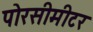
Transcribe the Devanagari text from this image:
पोरसीमीटर